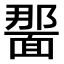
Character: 𫖂